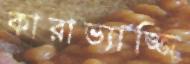
কারাভ্যাজ্জি